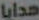
هدايا